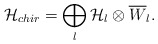
\begin{align*}{\cal H}_{chir} = \bigoplus_{l} {\cal H}_{l} \otimes\overline{W}_{l}.\end{align*}